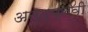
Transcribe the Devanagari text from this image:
अनुत्प्लवी